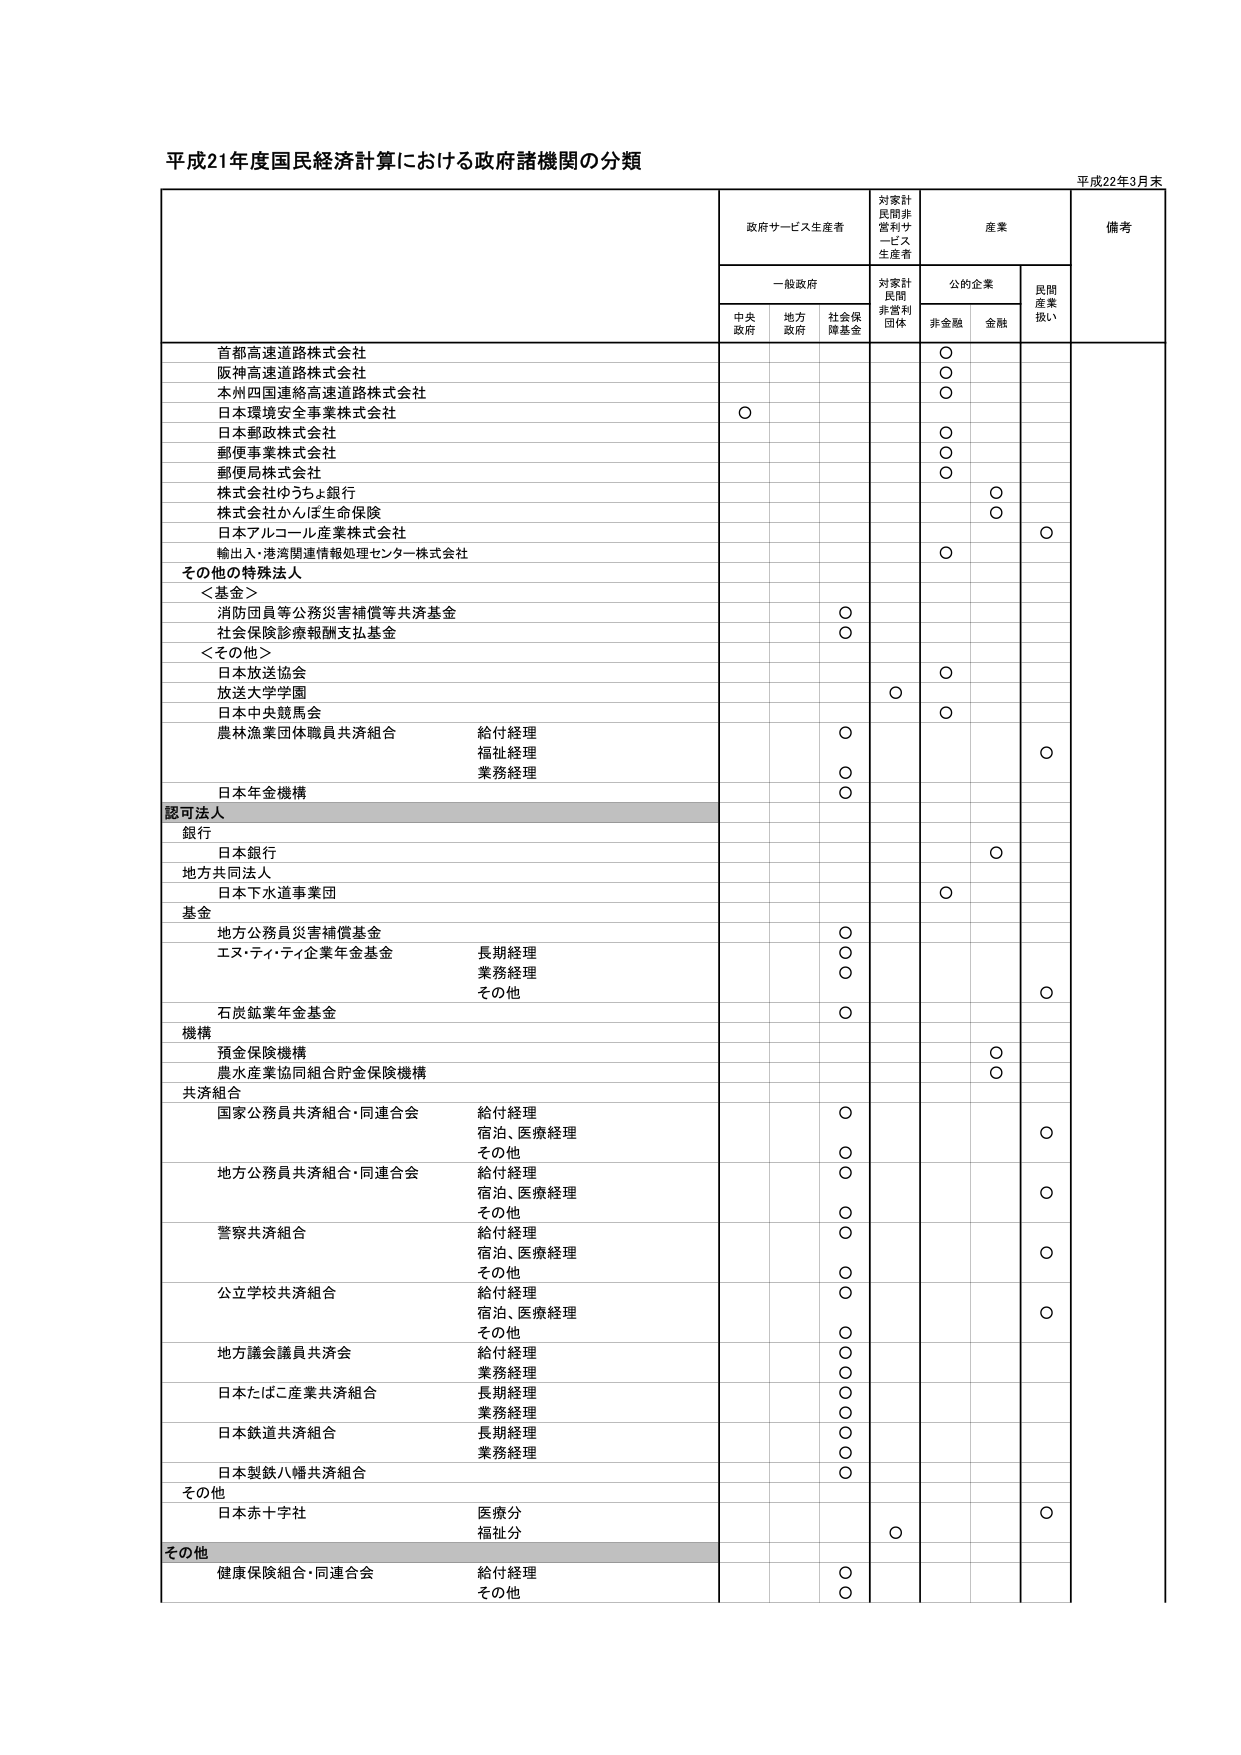
平成21年度国民経済計算における政府諸機関の分類

平成22年3月末

政府サービス生産者
対家計民間非営利サービス生産者
産業
備考

一般政府
対家計民間非営利団体
公的企業
民間産業扱い

中央政府
地方政府
社会保障基金
非金融
金融

首都高速道路株式会社
○

阪神高速道路株式会社
○

本州四国連絡高速道路株式会社
○

日本環境安全事業株式会社
○

日本郵政株式会社
○

郵便事業株式会社
○

郵便局株式会社
○

株式会社ゆうちょ銀行
○

株式会社かんぽ生命保険
○

日本アルコール産業株式会社
○

輸出入・港湾関連情報処理センター株式会社
○

その他の特殊法人

＜基金＞
消防団員等公務災害補償等共済基金
○

社会保険診療報酬支払基金
○

＜その他＞
日本放送協会
○

放送大学学園
○

日本中央競馬会
○

農林漁業団体職員共済組合
給付経理
○

福祉経理
○

業務経理
○

日本年金機構
○

認可法人

銀行
日本銀行
○

地方共同法人
日本下水道事業団
○

基金
地方公務員災害補償基金
○

エヌ・ティ・ティ企業年金基金
長期経理
○

業務経理
○

その他
○

石炭鉱業年金基金
○

機構
預金保険機構
○

農水産業協同組合貯金保険機構
○

共済組合
国家公務員共済組合・同連合会
給付経理
○

宿泊、医療経理
○

その他
○

地方公務員共済組合・同連合会
給付経理
○

宿泊、医療経理
○

その他
○

警察共済組合
給付経理
○

宿泊、医療経理
○

その他
○

公立学校共済組合
給付経理
○

宿泊、医療経理
○

その他
○

地方議会議員共済会
給付経理
○

業務経理
○

日本たばこ産業共済組合
長期経理
○

業務経理
○

日本鉄道共済組合
長期経理
○

業務経理
○

日本製鉄八幡共済組合
○

その他
日本赤十字社
医療分
○

福祉分
○

その他
健康保険組合・同連合会
給付経理
○

その他
○